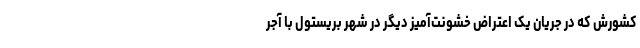
کشورش که در جریان یک اعتراض خشونت‌آمیز دیگر در شهر بریستول با آجر